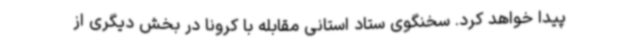
پیدا خواهد کرد. سخنگوی ستاد استانی مقابله با کرونا در بخش دیگری از